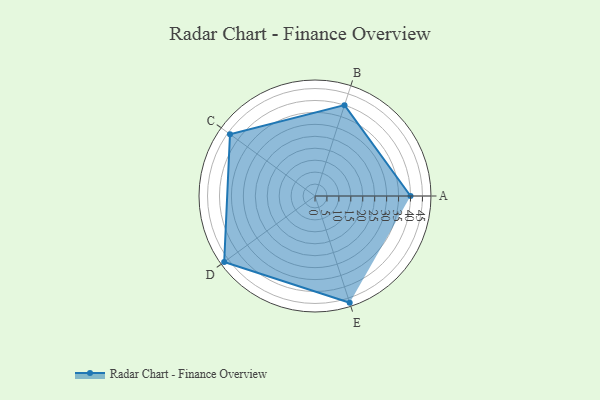
{"axis": {"x": "Skill", "y": "Score"}, "legend": ["Profile"], "data": [{"x": "A", "y": 40.0, "type": "Profile"}, {"x": "B", "y": 40.0, "type": "Profile"}, {"x": "C", "y": 44.0, "type": "Profile"}, {"x": "D", "y": 47.0, "type": "Profile"}, {"x": "E", "y": 47.0, "type": "Profile"}]}